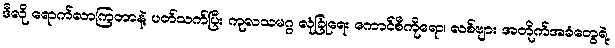
ဒီလို ရောက်လာကြတာနဲ့ ပတ်သက်ပြီး ကုလသမဂ္ဂ လုံခြုံရေး ကောင်စီကိုရော၊ လစ်ဗျား အတိုက်အခံတွေရဲ့